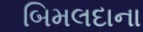
બિમલદાના